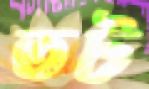
তট